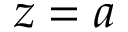
z = a